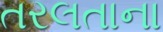
તરલતાના